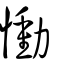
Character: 慟